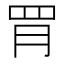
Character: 𦚋